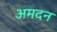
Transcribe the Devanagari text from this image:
अमदन